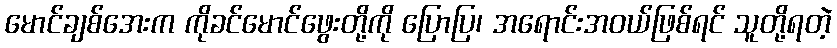
မောင်ချစ်အေးက ကိုခင်မောင်ဖွေးတို့ကို ပြောပြ၊ အရောင်းအဝယ်ဖြစ်ရင် သူတို့ရတဲ့